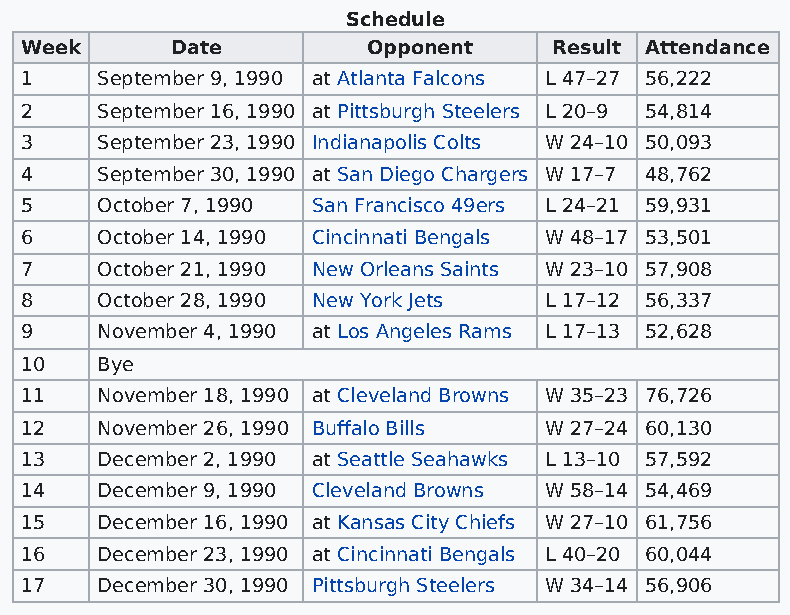
Schedule
 Week      Date         Opponent     Result Attendance
 1    September 9, 1990 at Atlanta Falcons L 47–27 56,222
 2    September 16, 1990 at Pittsburgh Steelers L 20–9 54,814
 3    September 23, 1990 Indianapolis Colts W 24–10 50,093
 4    September 30, 1990 at San Diego Chargers W 17–7 48,762
 5    October 7, 1990 San Francisco 49ers L 24–21 59,931
 6    October 14, 1990 Cincinnati Bengals W 48–17 53,501
 7    October 21, 1990 New Orleans Saints W 23–10 57,908
 8    October 28, 1990 New York Jets L 17–12 56,337
 9    November 4, 1990 at Los Angeles Rams L 17–13 52,628
 10   Bye
 11   November 18, 1990 at Cleveland Browns W 35–23 76,726
 12   November 26, 1990 Buffalo Bills W 27–24 60,130
 13   December 2, 1990 at Seattle Seahawks L 13–10 57,592
 14   December 9, 1990 Cleveland Browns W 58–14 54,469
 15   December 16, 1990 at Kansas City Chiefs W 27–10 61,756
 16   December 23, 1990 at Cincinnati Bengals L 40–20 60,044
 17   December 30, 1990 Pittsburgh Steelers W 34–14 56,906